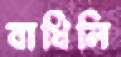
বাধিলি